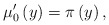
\begin{align*}\mu _{0}^{\prime }\left( y\right) =\pi \left( y\right) , \end{align*}